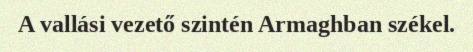
A vallási vezető szintén Armaghban székel.